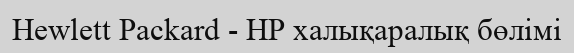
Hewlett Packard - HP халықаралық бөлімі